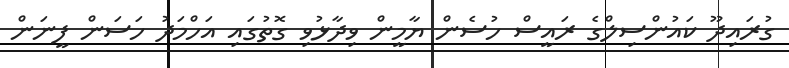
ގުރައިދޫ ކައުންސިލްގެ ރައީސް ހުސެން ޔާމީން ވިދާޅުވި ގޮތުގައި އަހްމަދު ހަސަން ފީނަން